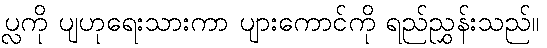
ပ္လကို ပျဟုရေးသားကာ ပျားကောင်ကို ရည်ညွှန်းသည်။